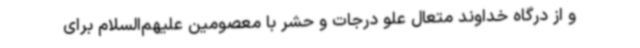
و از درگاه خداوند متعال علو درجات و حشر با معصومین علیهم‌السلام برای